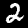
Label: 2